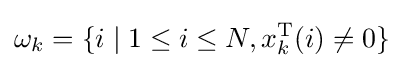
\omega _{k}=\{i\mid 1\leq i\leq N,x_{k}^{\text{T}}(i)\neq 0\}